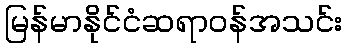
မြန်မာနိုင်ငံဆရာဝန်အသင်း